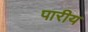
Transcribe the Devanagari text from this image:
पारीय